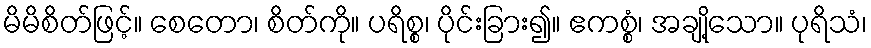
မိမိစိတ်ဖြင့်။ စေတော၊ စိတ်ကို။ ပရိစ္စ၊ ပိုင်းခြား၍။ ဧကစ္စံ၊ အချို့သော။ ပုရိသံ၊